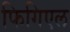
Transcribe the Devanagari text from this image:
फिगिएल